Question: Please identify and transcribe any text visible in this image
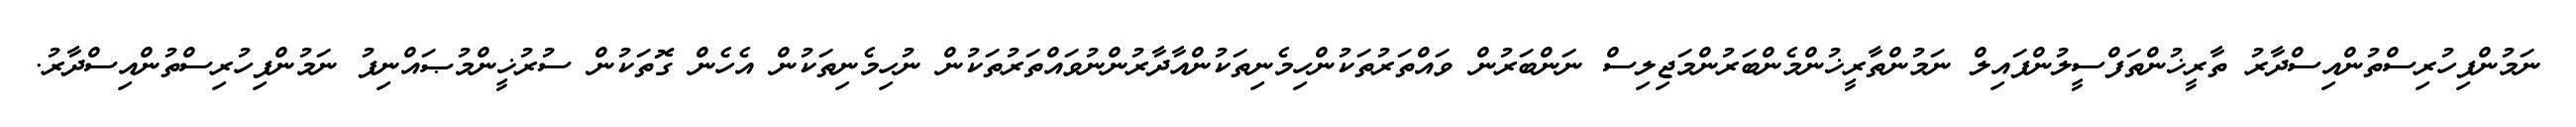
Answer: ނަމުންފިހުރިސްތުންއިސްދާރު ތާރީޚުންތަފްސީލުންފައިލް ނަމުންތާރީޚުންމެންބަރުންމަޖިލިސް ނަންބަރުން ވައްތަރުތަކުންހިމެނިތަކުންއާދާރުންނުވައްތަރުތަކުން ނުހިމެނިތަކުން އެހެން ގޮތަކުން ސުރުޚީންމުޞައްނިފު ނަމުންފިހުރިސްތުންއިސްދާރު.